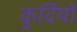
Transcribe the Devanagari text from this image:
कुर्दियों